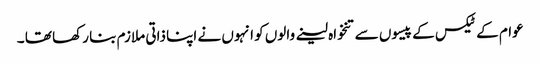
عوام کے ٹیکس کے پیسوں سے تنخواہ لینے والوں کو انہوں نے اپنا ذاتی ملازم بنا رکھا تھا ۔